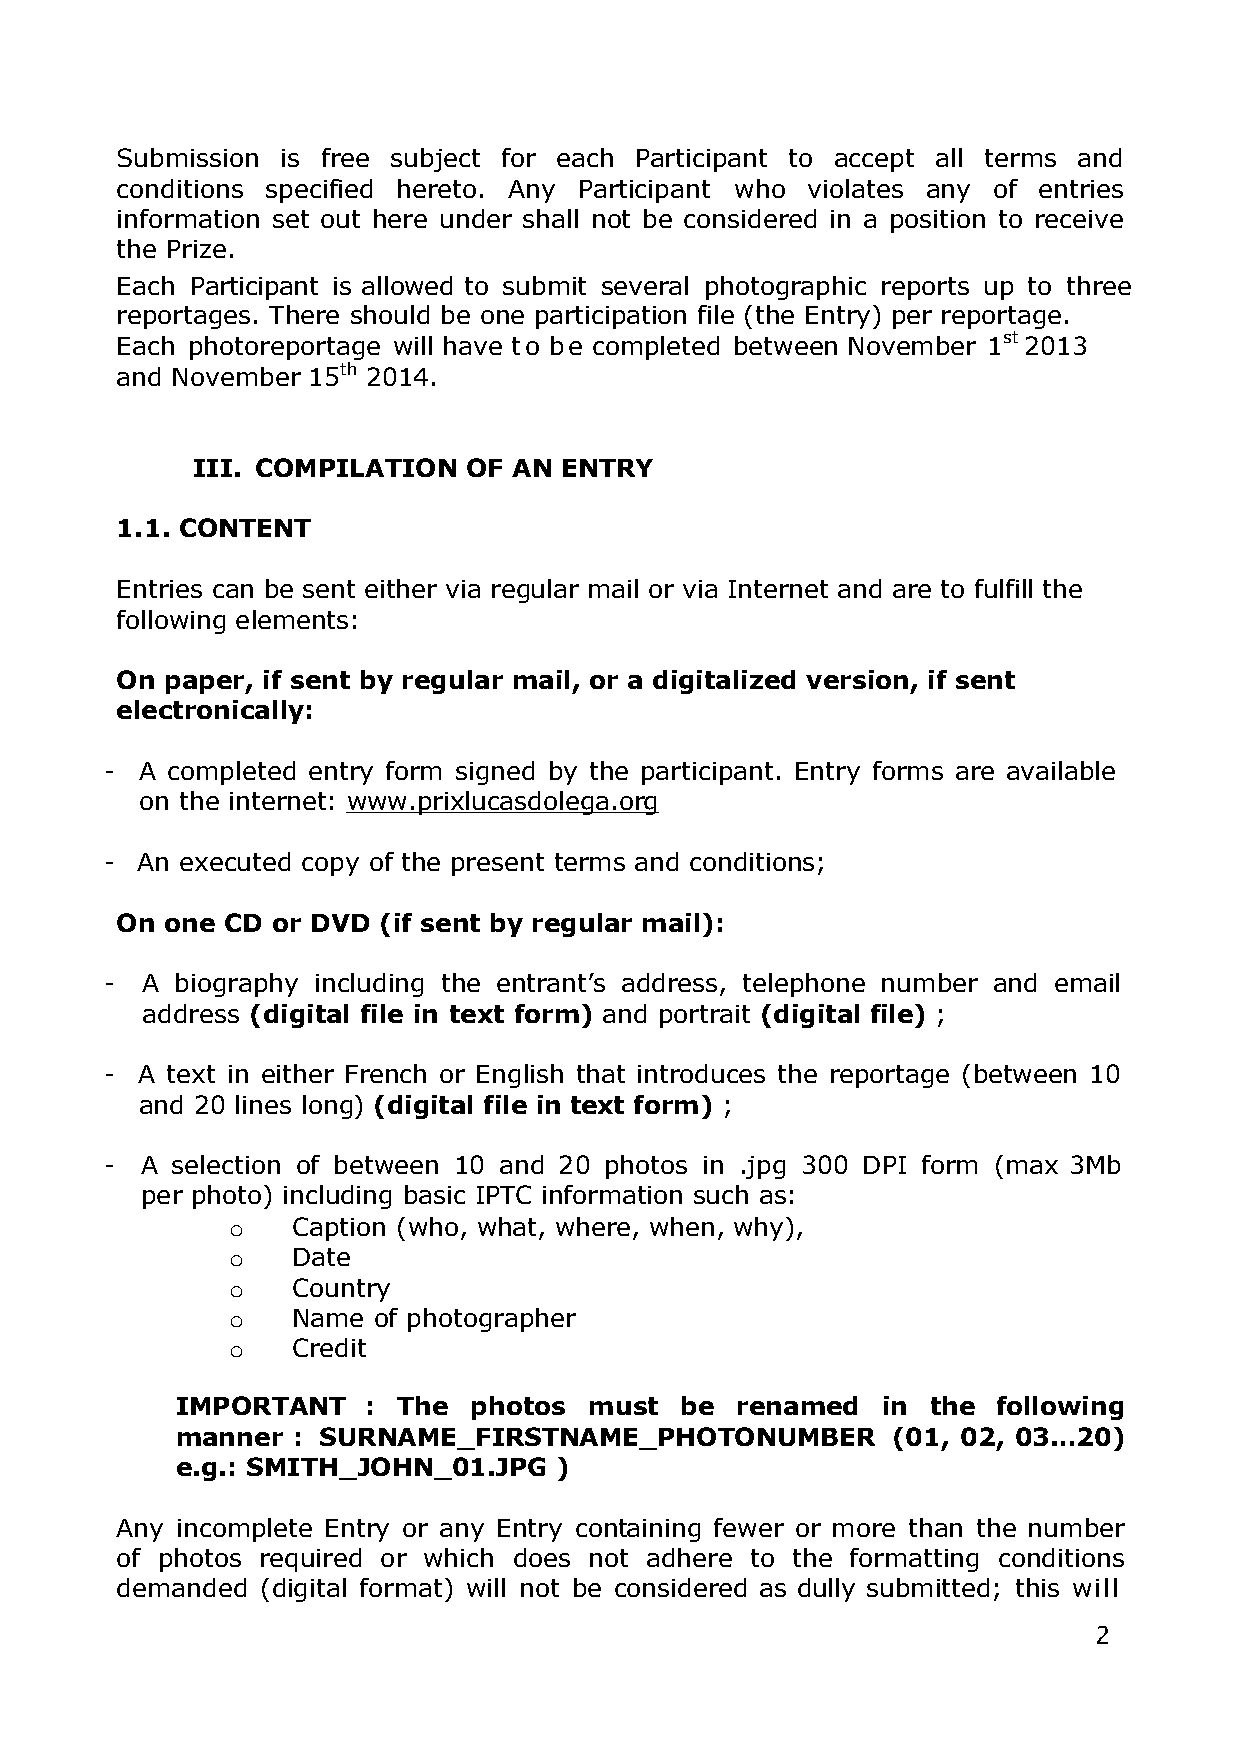
Submission is free subject for each Participant to accept all terms and
 conditions specified hereto. Any Participant who violates any of entries
 information set out here under shall not be considered in a position to receive
 the Prize.
 Each Participant is allowed to submit several photographic reports up to three
 reportages. There should be one participation file (the Entry) per reportage.
 Each photoreportage will have t o b e completed between November 1st 2013
 and November 15th 2014.
 III. COMPILATION  OF AN ENTRY
 1.1. CONTENT
 Entries can be sent either via regular mail or via Internet and are to fulfill the
 following elements:
 On paper, if sent by regular mail, or a digitalized version, if sent
 electronically:
 - A completed entry form signed by the participant. Entry forms are available
 on the internet: www.prixlucasdolega.org
 - An executed copy of the present terms and conditions;
 On one CD or DVD (if sent by regular mail):
 - A  biography including the entrant’s address, telephone number and email
 address (digital file in text form) and portrait (digital file) ;
 - A text in either French or English that introduces the reportage (between 10
 and 20 lines long) (digital file in text form) ;
 - A selection of between 10 and 20 photos in .jpg 300 DPI form (max 3Mb
 per photo) including basic IPTC information such as:
 o   Caption (who, what, where, when, why),
 o   Date
 o   Country
 o   Name  of photographer
 o   Credit
 IMPORTANT   : The  photos  must  be  renamed  in  the following
 manner : SURNAME_FIRSTNAME_PHOTONUMBER         (01, 02, 03…20)
 e.g.: SMITH_JOHN_01.JPG  )
 Any incomplete Entry or any Entry containing fewer or more than the number
 of photos required or which does not adhere to the formatting conditions
 demanded (digital format) will not be considered as dully submitted; this will
 2